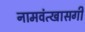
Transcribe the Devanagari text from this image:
नामवंत्खासगी